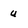
Character: u